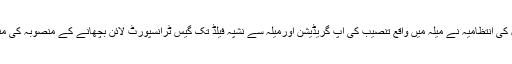
او جی ڈی سی ایل کی انتظامیہ نے میلہ میں واقع تنصیب کی اپ گریڈیشن اورمیلہ سے نشپہ فیلڈ تک گیس ٹرانسپورٹ لائن بچھانے کے منصوبہ کی منظوری دیدی ہے۔